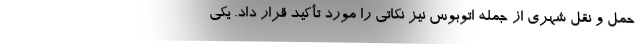
حمل و نقل شهری از جمله اتوبوس‌ نیز نکاتی را مورد تأکید قرار داد. یکی